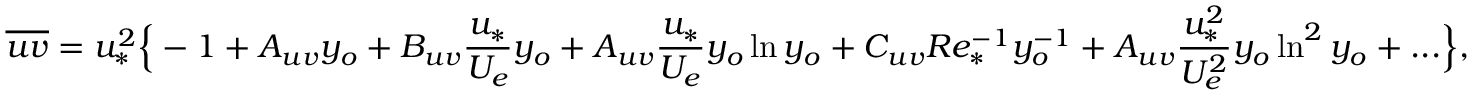
\overline { { u v } } = u _ { * } ^ { 2 } \Big \{ - 1 + A _ { u v } y _ { o } + B _ { u v } \frac { u _ { * } } { U _ { e } } y _ { o } + A _ { u v } \frac { u _ { * } } { U _ { e } } y _ { o } \ln y _ { o } + C _ { u v } R e _ { * } ^ { - 1 } y _ { o } ^ { - 1 } + A _ { u v } \frac { u _ { * } ^ { 2 } } { U _ { e } ^ { 2 } } y _ { o } \ln ^ { 2 } y _ { o } + . . . \Big \} ,